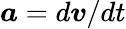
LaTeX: \boldsymbol{a}=d\boldsymbol{v}/dt